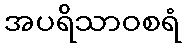
အပရိသာဝစရံ